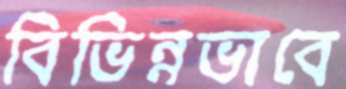
বিভিন্নভাবে